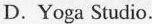
D. Yoga Sudio.